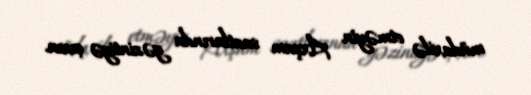
müdaxilə etməyin Axşam saatlarında gəzintiyə çıxın.